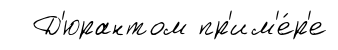
Д'юрантом пр'им'е́р'е